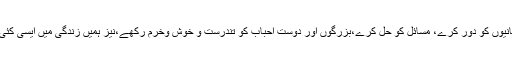
اللہ تعلی ہماری فکروں،پریشانیوں کو دور کرے، مسائل کو حل کرے،بزرگوں اور دوست احباب کو تندرست و خوش وخرم رکھے،نیز ہمیں زندگی میں ایسی کئی خوشیاں دیکھنی نصیب ہوں۔